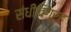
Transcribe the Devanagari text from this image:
संधीविग्रह